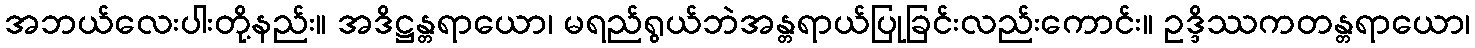
အဘယ်လေးပါးတို့နည်း။ အဒိဋ္ဌန္တရာယော၊ မရည်ရွယ်ဘဲအန္တရာယ်ပြုခြင်းလည်းကောင်း။ ဥဒ္ဒိဿကတန္တရာယော၊